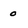
Character: o